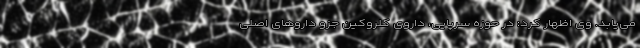
می‌یابد. وی اظهار کرد: در حوزه سرپایی، داروی کلروکین جزو داروهای اصلی